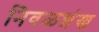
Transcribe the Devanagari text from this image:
निवळशंख